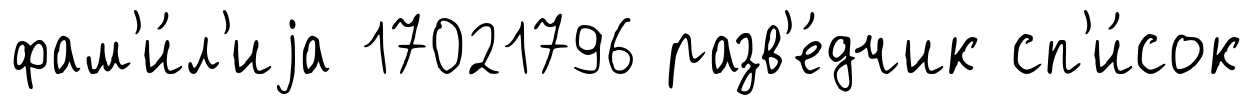
фам'и́л'иjа 17021796 разв'е́дчик сп'и́сок